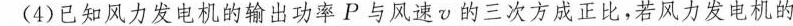
(4)已知风力发电机的输出功率P与风速v的三次方成正比，若风力发电机的